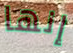
إنها